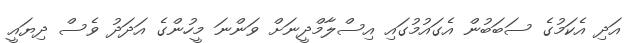
އަދި އެކަމުގެ ސަބަބުން އެގައުމުގައި އިސްލާމްދީނަށް ވަންނަ މީހުންގެ އަދަދު ވެސް ދިޔައީ